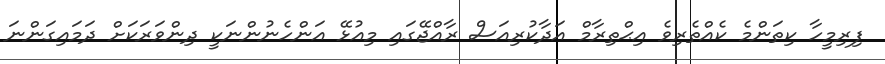
ފިރިމީހާ ކިތަންމެ ކެއްތެރިވެ އިޙްތިރާމް އަދާކުރިއަސް ރާއްޖޭގައި މިއުޅޭ އަންހެނުންނަކީ ދިންވަރަކަށް ދަމައިގަންނަ